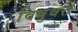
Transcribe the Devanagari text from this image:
विषुवत्त